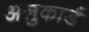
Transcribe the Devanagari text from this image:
अलुकार्ड